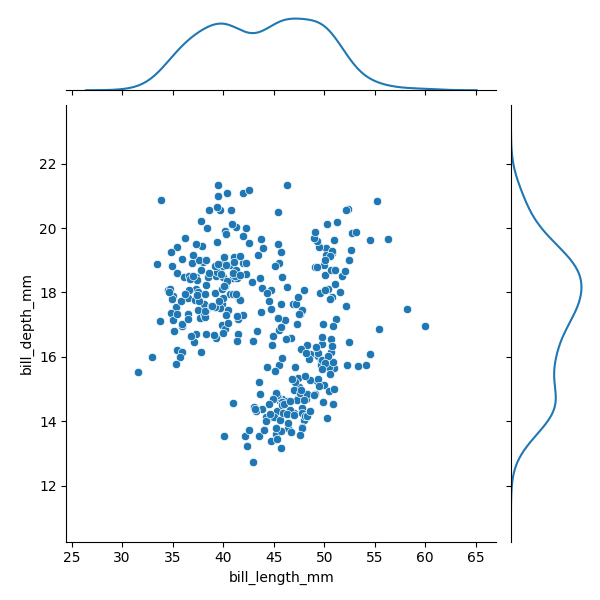
python, seaborn, JointGrid, scatterplot, kdeplot